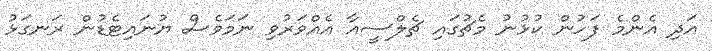
އަދި އެންމެ ފަހުން ކުޅުނު މެޗުގައި ޗެލްސީއާ އެއްވަރުވި ނަމަވެސް ޔުނައިޓެޑުން ރަނގަޅު